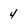
Character: 4